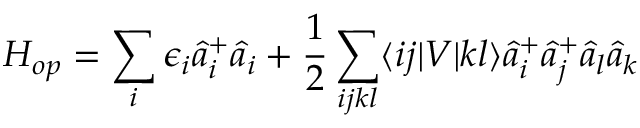
H _ { o p } = \sum _ { i } \epsilon _ { i } \hat { a } _ { i } ^ { + } \hat { a } _ { i } + \frac { 1 } { 2 } \sum _ { i j k l } \langle i j | V | k l \rangle \hat { a } _ { i } ^ { + } \hat { a } _ { j } ^ { + } \hat { a } _ { l } \hat { a } _ { k }